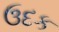
ઉદક